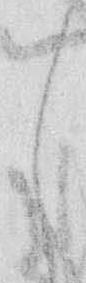
し